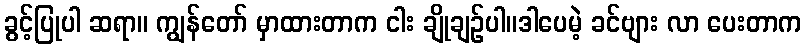
ခွင့်ပြုပါ ဆရာ။ ကျွန်တော် မှာထားတာက ငါး ချိုချဉ်ပါ။ဒါပေမဲ့ ခင်ဗျား လာ ပေးတာက